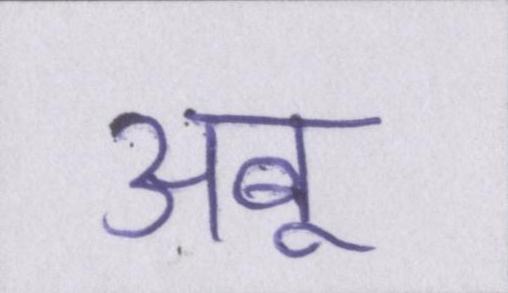
अबू